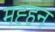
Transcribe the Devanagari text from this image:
मह्हन